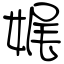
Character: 娓